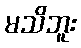
မသိဘူး